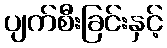
ပျက်စီးခြင်းနှင့်